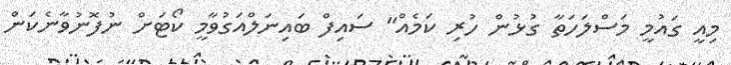
މިއީ ގައުމީ މަސްލަހަތާ ގުޅުން ހުރި ކަމެއް" ސައިފް ބައިނަލްއަގުވާމީ ކޯޓަށް ނުފޮނުވާނެކަން